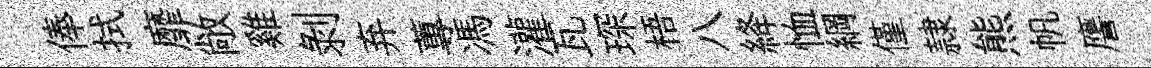
俸拭靡敞雞剥弃蓴馮灌瓦琛梧八絳恤綱僅隷熊帆譍